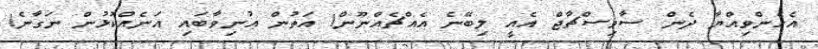
އެހެންވިއްޔާ ދެން ސާވިސްޗާޖް އެއީ ލިބޭނެ އެއްޗެއްނޫން! އަތުން އުނިވާބައި އަނެއްކޮޅުން ނަގާނެ!